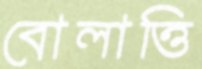
বোলাত্তি